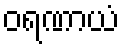
ဝရဏာယံ